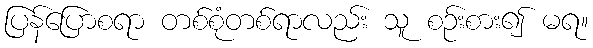
ပြန်ပြောစရာ တစ်စုံတစ်ရာလည်း သူ စဉ်းစား၍ မရ။